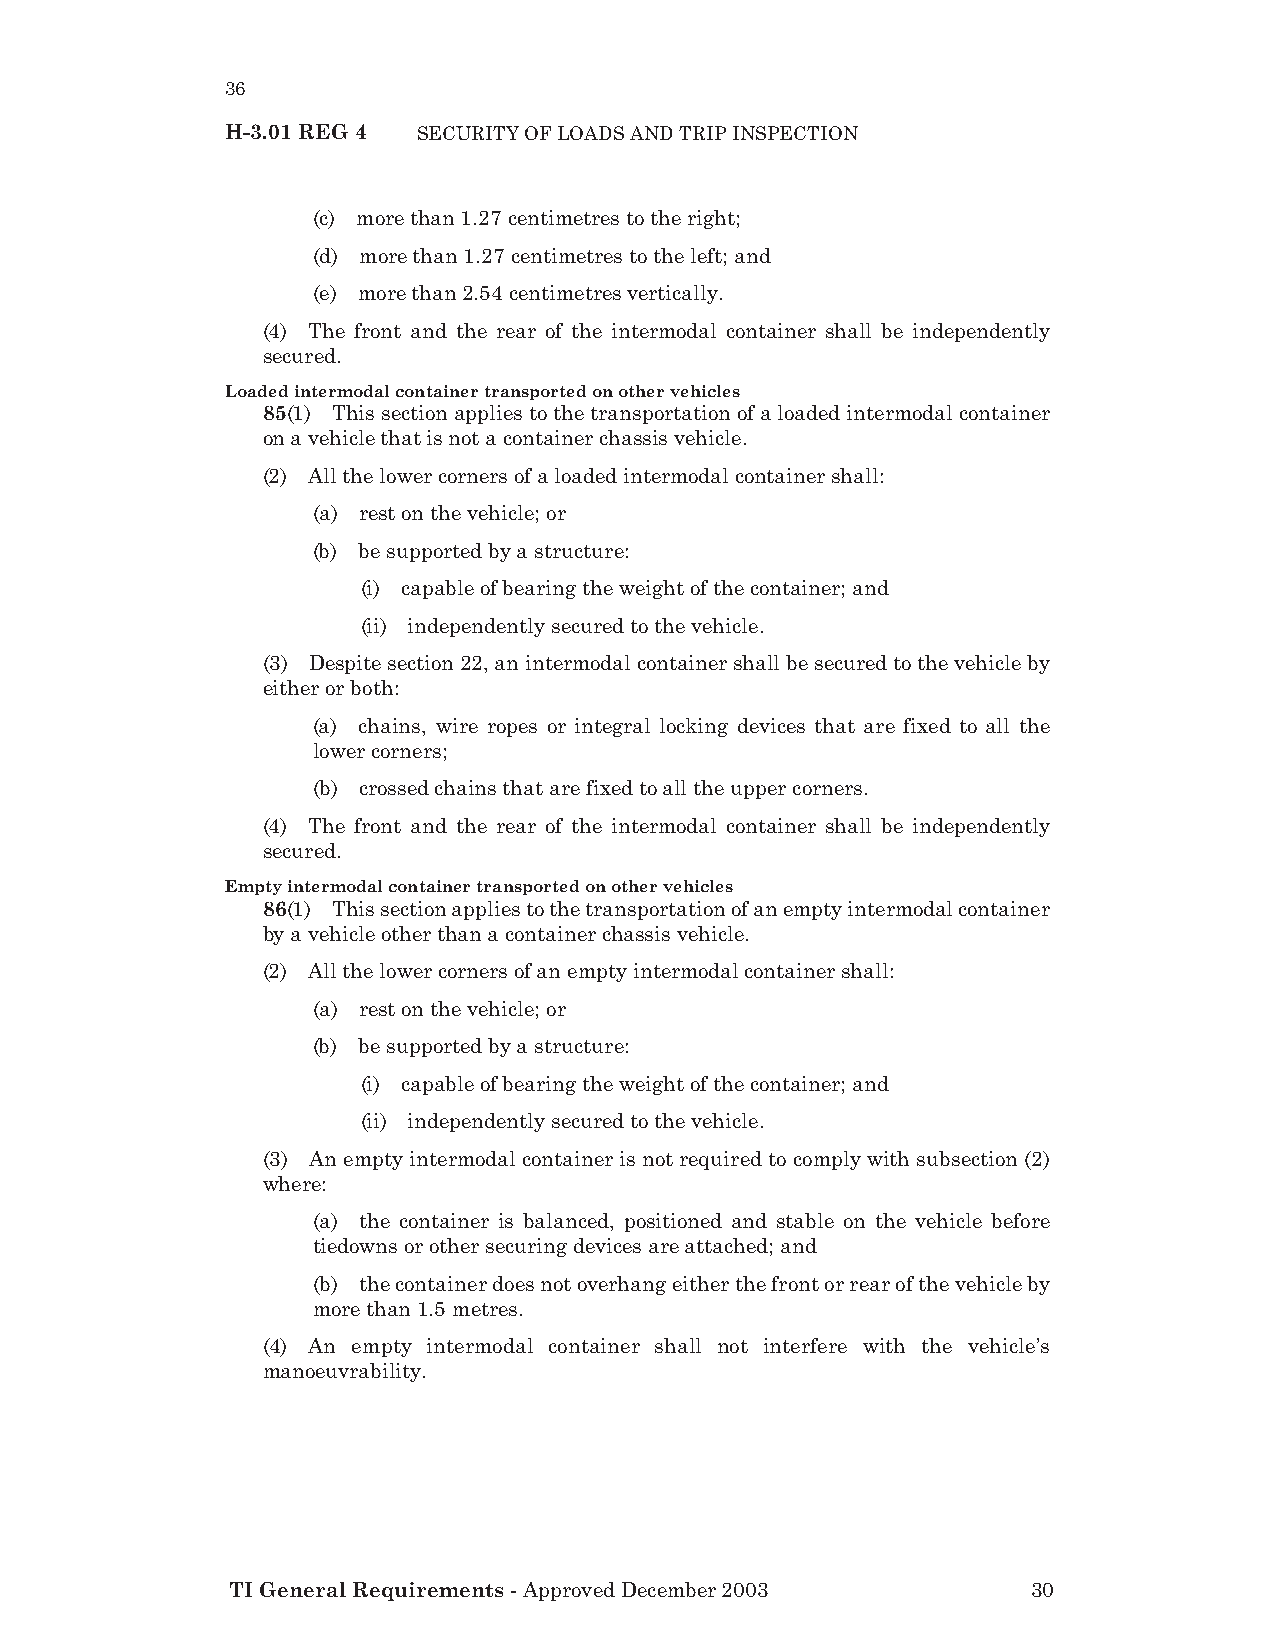
36
 H-3.01 REG 4 SECURITY OF LOADS AND TRIP INSPECTION
 (c) more than 1.27 centimetres to the right;
 (d) more than 1.27 centimetres to the left; and
 (e) more than 2.54 centimetres vertically.
 (4) The front and the rear of the intermodal container shall be independently
 secured.
 Loaded intermodal container transported on other vehicles
 85(1) This section applies to the transportation of a loaded intermodal container
 on a vehicle that is not a container chassis vehicle.
 (2) All the lower corners of a loaded intermodal container shall:
 (a) rest on the vehicle; or
 (b) be supported by a structure:
 (i) capable of bearing the weight of the container; and
 (ii) independently secured to the vehicle.
 (3) Despite section 22, an intermodal container shall be secured to the vehicle by
 either or both:
 (a) chains, wire ropes or integral locking devices that are fixed to all the
 lower corners;
 (b) crossed chains that are fixed to all the upper corners.
 (4) The front and the rear of the intermodal container shall be independently
 secured.
 Empty intermodal container transported on other vehicles
 86(1) This section applies to the transportation of an empty intermodal container
 by a vehicle other than a container chassis vehicle.
 (2) All the lower corners of an empty intermodal container shall:
 (a) rest on the vehicle; or
 (b) be supported by a structure:
 (i) capable of bearing the weight of the container; and
 (ii) independently secured to the vehicle.
 (3) An empty intermodal container is not required to comply with subsection (2)
 where:
 (a) the container is balanced, positioned and stable on the vehicle before
 tiedowns or other securing devices are attached; and
 (b) the container does not overhang either the front or rear of the vehicle by
 more than 1.5 metres.
 (4) An empty intermodal container shall not interfere with the vehicle’s
 manoeuvrability.
 TI General Requirements - Approved December 2003     30